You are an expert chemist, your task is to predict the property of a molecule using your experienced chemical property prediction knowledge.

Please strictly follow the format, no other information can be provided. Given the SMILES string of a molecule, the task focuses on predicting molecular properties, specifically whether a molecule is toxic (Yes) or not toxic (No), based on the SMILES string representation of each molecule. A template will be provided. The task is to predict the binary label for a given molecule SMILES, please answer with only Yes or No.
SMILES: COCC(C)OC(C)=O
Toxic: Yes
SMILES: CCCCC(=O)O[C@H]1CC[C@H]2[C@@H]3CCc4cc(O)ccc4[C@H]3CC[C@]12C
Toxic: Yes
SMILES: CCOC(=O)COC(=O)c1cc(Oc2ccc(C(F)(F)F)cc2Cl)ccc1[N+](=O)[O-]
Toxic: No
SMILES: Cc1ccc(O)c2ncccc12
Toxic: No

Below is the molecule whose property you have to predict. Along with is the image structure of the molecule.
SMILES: NC(=O)OCC(COC(N)=O)c1ccccc1
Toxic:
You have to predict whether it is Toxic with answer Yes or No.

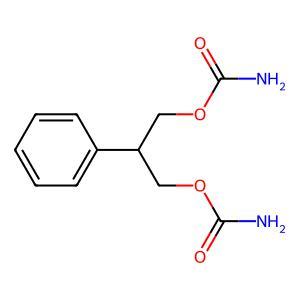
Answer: No